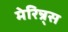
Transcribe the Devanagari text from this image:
मेरिन्र्स